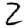
Digit: 2